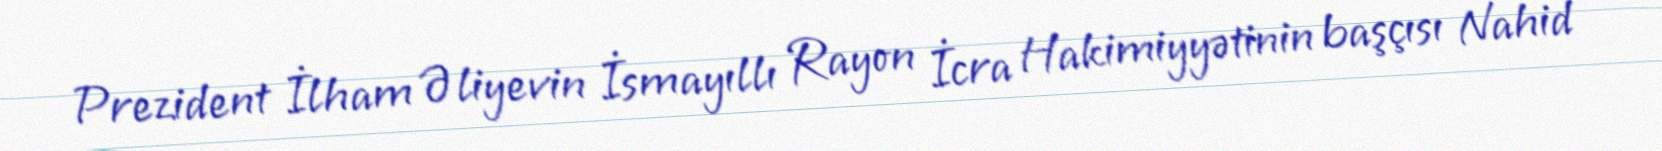
Prezident İlham Əliyevin İsmayıllı Rayon İcra Hakimiyyətinin başçısı Nahid